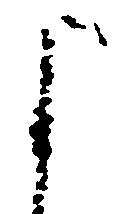
よ